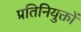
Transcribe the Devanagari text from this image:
प्रतिनियुक्तों